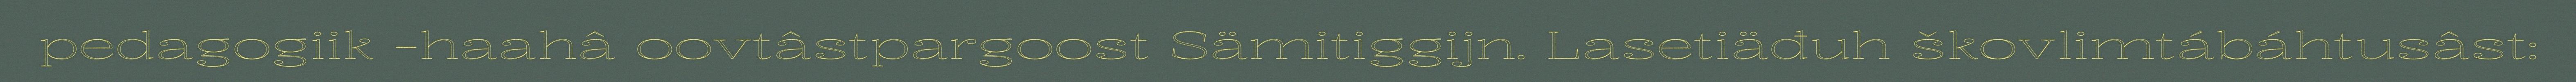
pedagogiik -haahâ oovtâstpargoost Sämitiggijn. Lasetiäđuh škovlimtábáhtusâst: